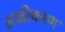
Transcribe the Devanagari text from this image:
अस्त्रीकरण